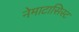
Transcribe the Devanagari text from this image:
नेमाटासिस्ट